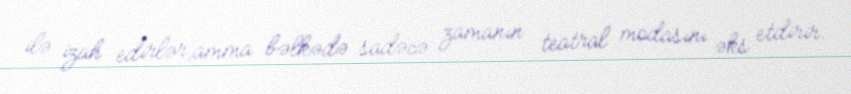
ilə izah edirlər,amma bəlkədə sadəcə zamanın teatral modasını əks etdirir.